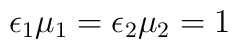
\epsilon_1\mu_1 = \epsilon_2\mu_2 = 1